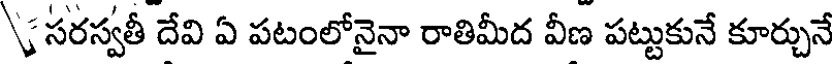
సరస్వతీ దేవి ఏ పటంలోనైనా రాతిమీద వీణ పట్టుకునే కూర్చునే